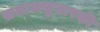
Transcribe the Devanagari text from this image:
समाजसुधारकी